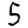
Digit: 5